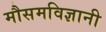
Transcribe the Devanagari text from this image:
मौसमविज्ञानी